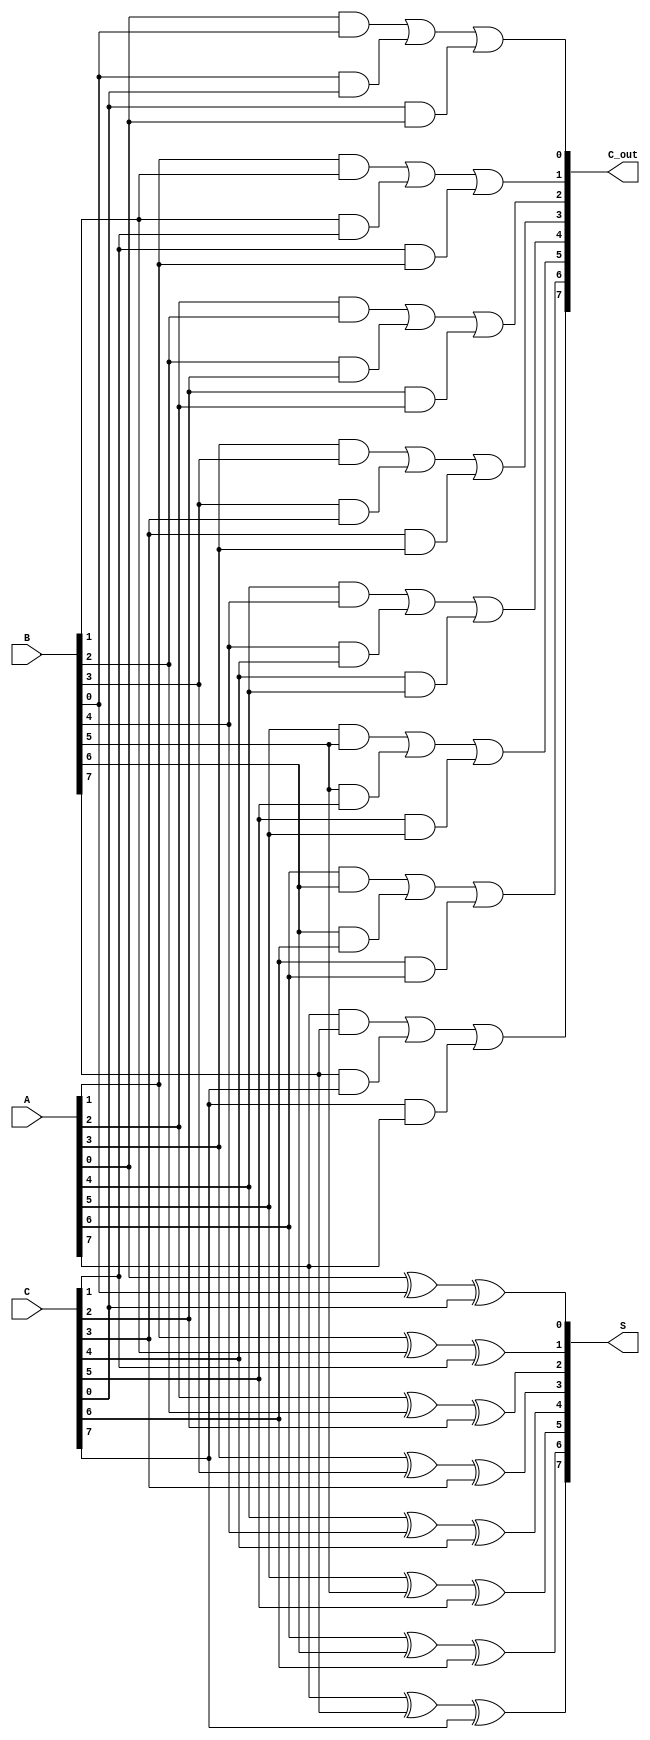
module CarrySaveAdder #(parameter n = 8) (
    input [n-1:0] A,   // n-bit input A
    input [n-1:0] B,   // n-bit input B
    input [n-1:0] C,   // n-bit input C
    output [n-1:0] S,  // n-bit sum output
    output [n-1:0] C_out // n-bit carry output
);

genvar i;
generate
    for (i = 0; i < n; i = i + 1) begin : ca_adders
        // Calculate sum for bit position i
        assign S[i] = A[i] ^ B[i] ^ C[i];
        
        // Calculate carry for bit position i
        assign C_out[i] = (A[i] & B[i]) | (B[i] & C[i]) | (C[i] & A[i]);
    end
endgenerate

endmodule